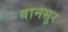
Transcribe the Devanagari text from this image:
बानसुर